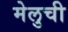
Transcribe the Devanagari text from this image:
मेलुची